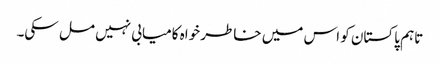
تاہم پاکستان کو اس میں خاطر خواہ کامیابی نہیں مل سکی۔